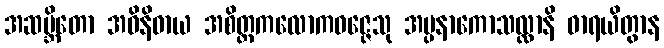
အဆမ္ဘိတော အဝိနိဓာယ အစိတ္တကလောကဝဇ္ဇေသု အပ္ပနာကောသလ္လာနိ ဓာရယိတွာန